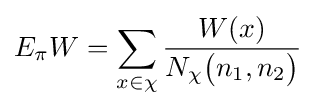
E_{\pi }W=\sum _{x\in \chi }{\frac {W(x)}{N_{\chi }{\bigl (}n_{1},n_{2}{\bigr )}}}